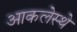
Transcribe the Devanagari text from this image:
आकलेस्थे